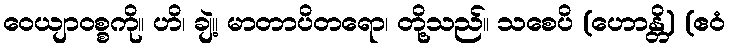
ဝေယျာဝစ္စကို။ ဟိ၊ ချဲ့။ မာတာပိတရော၊ တို့သည်။ သစေပိ (ဟောန္တိ) (ဧဝံ